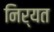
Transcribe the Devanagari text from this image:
निर्यत